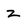
Character: z